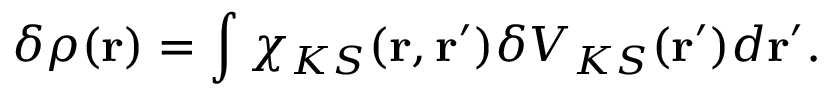
\delta \rho ( \mathbf { r } ) = \int \chi _ { K S } ( \mathbf { r } , \mathbf { r } ^ { \prime } ) \delta V _ { K S } ( \mathbf { r } ^ { \prime } ) d \mathbf { r } ^ { \prime } .